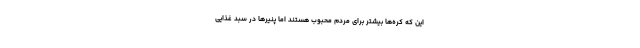
این که کره‌ها بیشتر برای مردم محبوب هستند اما پنیرها در سبد غذایی